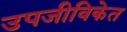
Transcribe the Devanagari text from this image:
उपजीविकेत